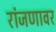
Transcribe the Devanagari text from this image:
रांजणावर